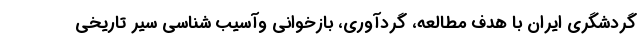
گردشگری ایران با هدف مطالعه، گردآوری، بازخوانی وآسیب شناسی سیر تاریخی